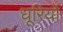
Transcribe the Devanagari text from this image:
धूरियों